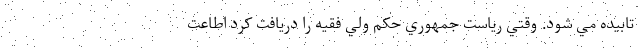
تابيده مي شود. وقتي رياست جمهوري حکم ولي فقيه را دريافت کرد اطاعت